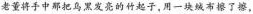
老董将手中那把鸟黑发亮的 竹起子，用一块绒布擦了擦，